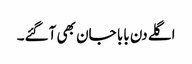
اگلے دن بابا جان بھی آگئے۔